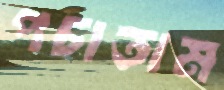
পচাতাম